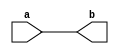
module assign_example(
    input wire a,
    output reg b
);

// Using a simple assign statement to assign the value of input 'a' to output 'b'
assign b = a;

endmodule